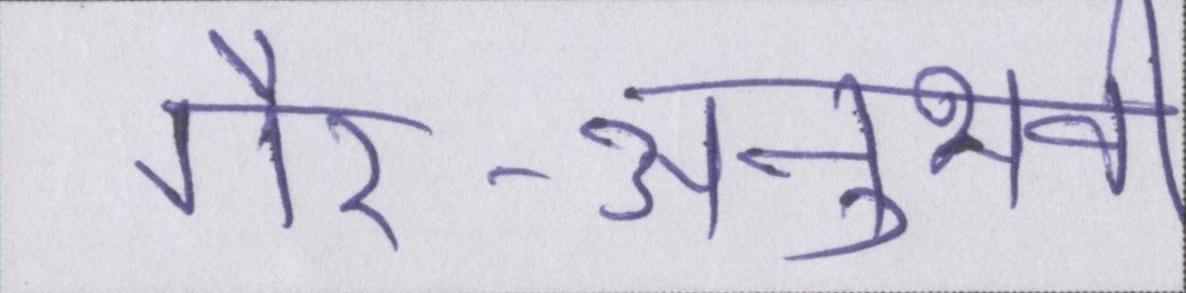
गैर-अनुभवी